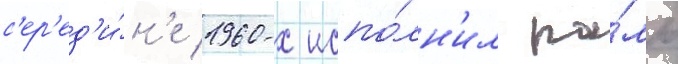
с'ер'ед'и́н'е 1960-х испо́лн'ил ро́ль